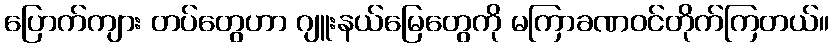
ပြောက်ကျား တပ်တွေဟာ ဂျူးနယ်မြေတွေကို မကြာခဏဝင်တိုက်ကြတယ်။